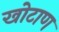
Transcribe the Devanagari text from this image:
खोटाण